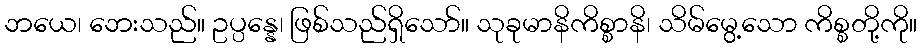
ဘယေ၊ ဘေးသည်။ ဥပ္ပန္နေ၊ ဖြစ်သည်ရှိသော်။ သုခုမာနိကိစ္စာနိ၊ သိမ်မွေ့သော ကိစ္စတို့ကို။